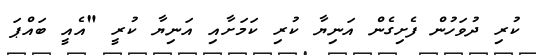
ކުރި ދުވަހުން ފެށިގެން އަނިޔާ ކުރި ކަމަށާއި އަނިޔާ ކުރީ "އެއީ ބައްޕަ